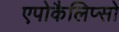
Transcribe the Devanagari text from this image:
एपोकैलिप्सो